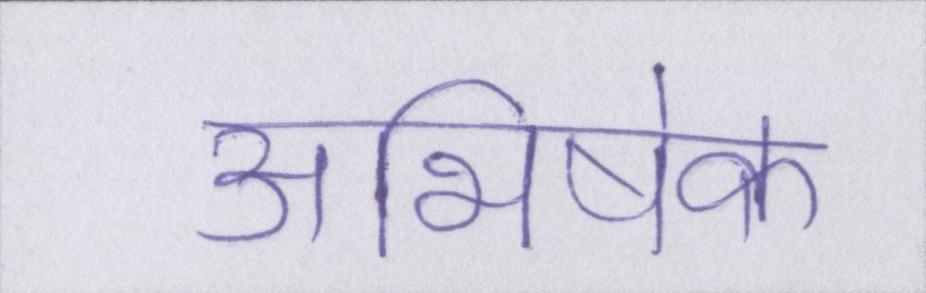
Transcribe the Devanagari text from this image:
अभिषेक